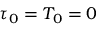
\tau _ { 0 } = T _ { 0 } = 0